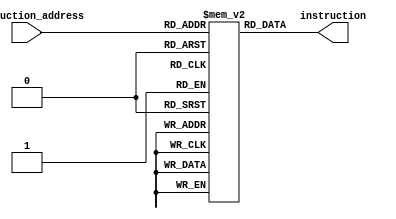
module Instruction_Memory
(
input [7:0]instruction_address,
output[31:0] instruction
);

reg [31:0]ROM[0:255];
integer i;
/*initial 
begin

ROM[0]=32'h00008020;
ROM[1]=32'h20100007;
ROM[2]=32'h00008820;
ROM[3]=32'h20110001;
ROM[4]=32'h12000003;
ROM[5]=32'h0230881c;
ROM[6]=32'h2210ffff;
ROM[7]=32'h08000004;
ROM[8]=32'hac110000;
for(i=9;i<256;i=i+1)
begin
ROM[i]=32'b0;
end
end
*/
initial 
begin

ROM[0]=32'h00008020;
ROM[1]=32'h20100078;
ROM[2]=32'h00008820;
ROM[3]=32'h201100b4;
ROM[4]=32'h00009020;
ROM[5]=32'h12110006;
ROM[6]=32'h0211482a;
ROM[7]=32'h11200002;
ROM[8]=32'h02308822;
ROM[9]=32'h08000005;
ROM[10]=32'h02118022;
ROM[11]=32'h08000005;
ROM[12]=32'h00109020;
ROM[13]=32'hAC120000;
for(i=14;i<256;i=i+1)
begin
ROM[i]=32'b0;
end
end
assign instruction= ROM[instruction_address];
endmodule